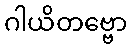
ဂါယိတဗ္ဗော